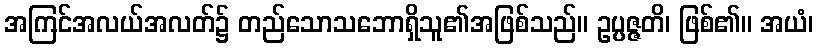
အကြင်အလယ်အလတ်၌ တည်သောသဘောရှိသူ၏အဖြစ်သည်။ ဥပ္ပဇ္ဇတိ၊ ဖြစ်၏။ အယံ၊